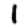
Digit: 1